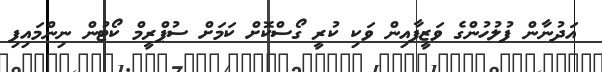
އަދުނާން ފުލުހުންގެ ވަޒީފާއިން ވަކި ކުރީ ގޯސްކޮށް ކަމަށް ސުޕްރީމް ކޯޓުން ނިންމައިފި